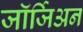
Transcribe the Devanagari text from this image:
जॉर्जिअन